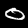
Digit: 0